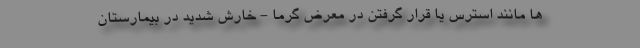
ها مانند استرس یا قرار گرفتن در معرض گرما - خارش شدید در بیمارستان